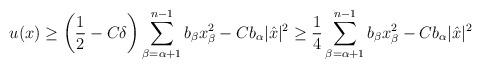
LaTeX: \begin{align*}u (x) \geq \left(\frac{1}{2} - C \delta\right) \sum_{\beta = \alpha + 1}^{n-1} b_\beta x_\beta^2 - C b_\alpha |\hat{x}|^2 \geq \frac{1}{4} \sum_{\beta = \alpha + 1}^{n-1} b_\beta x_\beta^2 - C b_\alpha |\hat{x}|^2\end{align*}